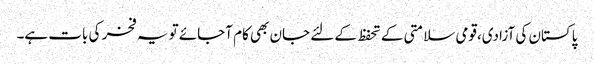
پاکستان کی آزادی،قومی سلامتی کے تحفظ کے لئے جان بھی کام آجائے تو یہ فخر کی بات ہے۔